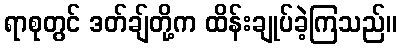
ရာစုတွင် ဒတ်ချ်တို့က ထိန်းချုပ်ခဲ့ကြသည်။